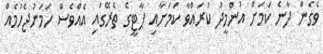
ވެގެން ދާނެ ކަމަށް އުންމީދު ކުރައްވާ ކަމަށާއި ޕާޓީގެ ތެރޭގައި އެއްވެސް ހަމަނުޖެހުމެއް